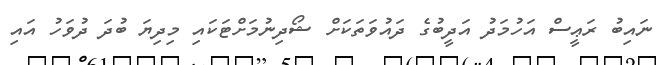
ނައިބު ރަޢީސް އަހުމަދު އަދީބުގެ ދައުވަތަކަށް ޝޯދިނުމަށްޓަކައި މިދިޔަ ބުދަ ދުވަހު އައި